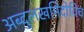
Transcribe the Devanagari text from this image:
अब्दुलखमिदोविच